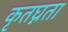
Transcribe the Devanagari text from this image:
कृतघ्नता